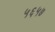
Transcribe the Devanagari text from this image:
५६५७